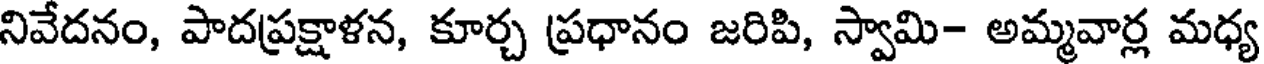
నివేదనం, పాదప్రక్షాళన, కూర్చ ప్రధానం జరిపి, స్వామి- అమ్మవార్ల మధ్య